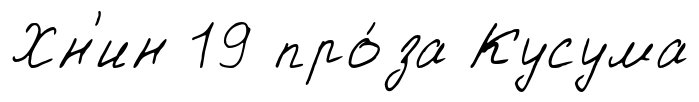
Хн'ин 19 про́за Кусума